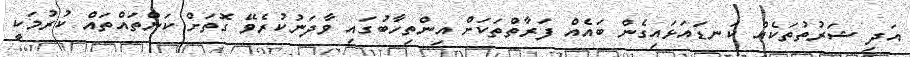
އަދި ޝަރުތުތަކެއް ކަނޑައަޅައިގެން ބައެއް ފަރާތްތަކަށް އިންތިހާބުގައި ވާދަނުކުރެވޭ ގޮތަށް ކަންތައްތައް ކުރުމަކީ